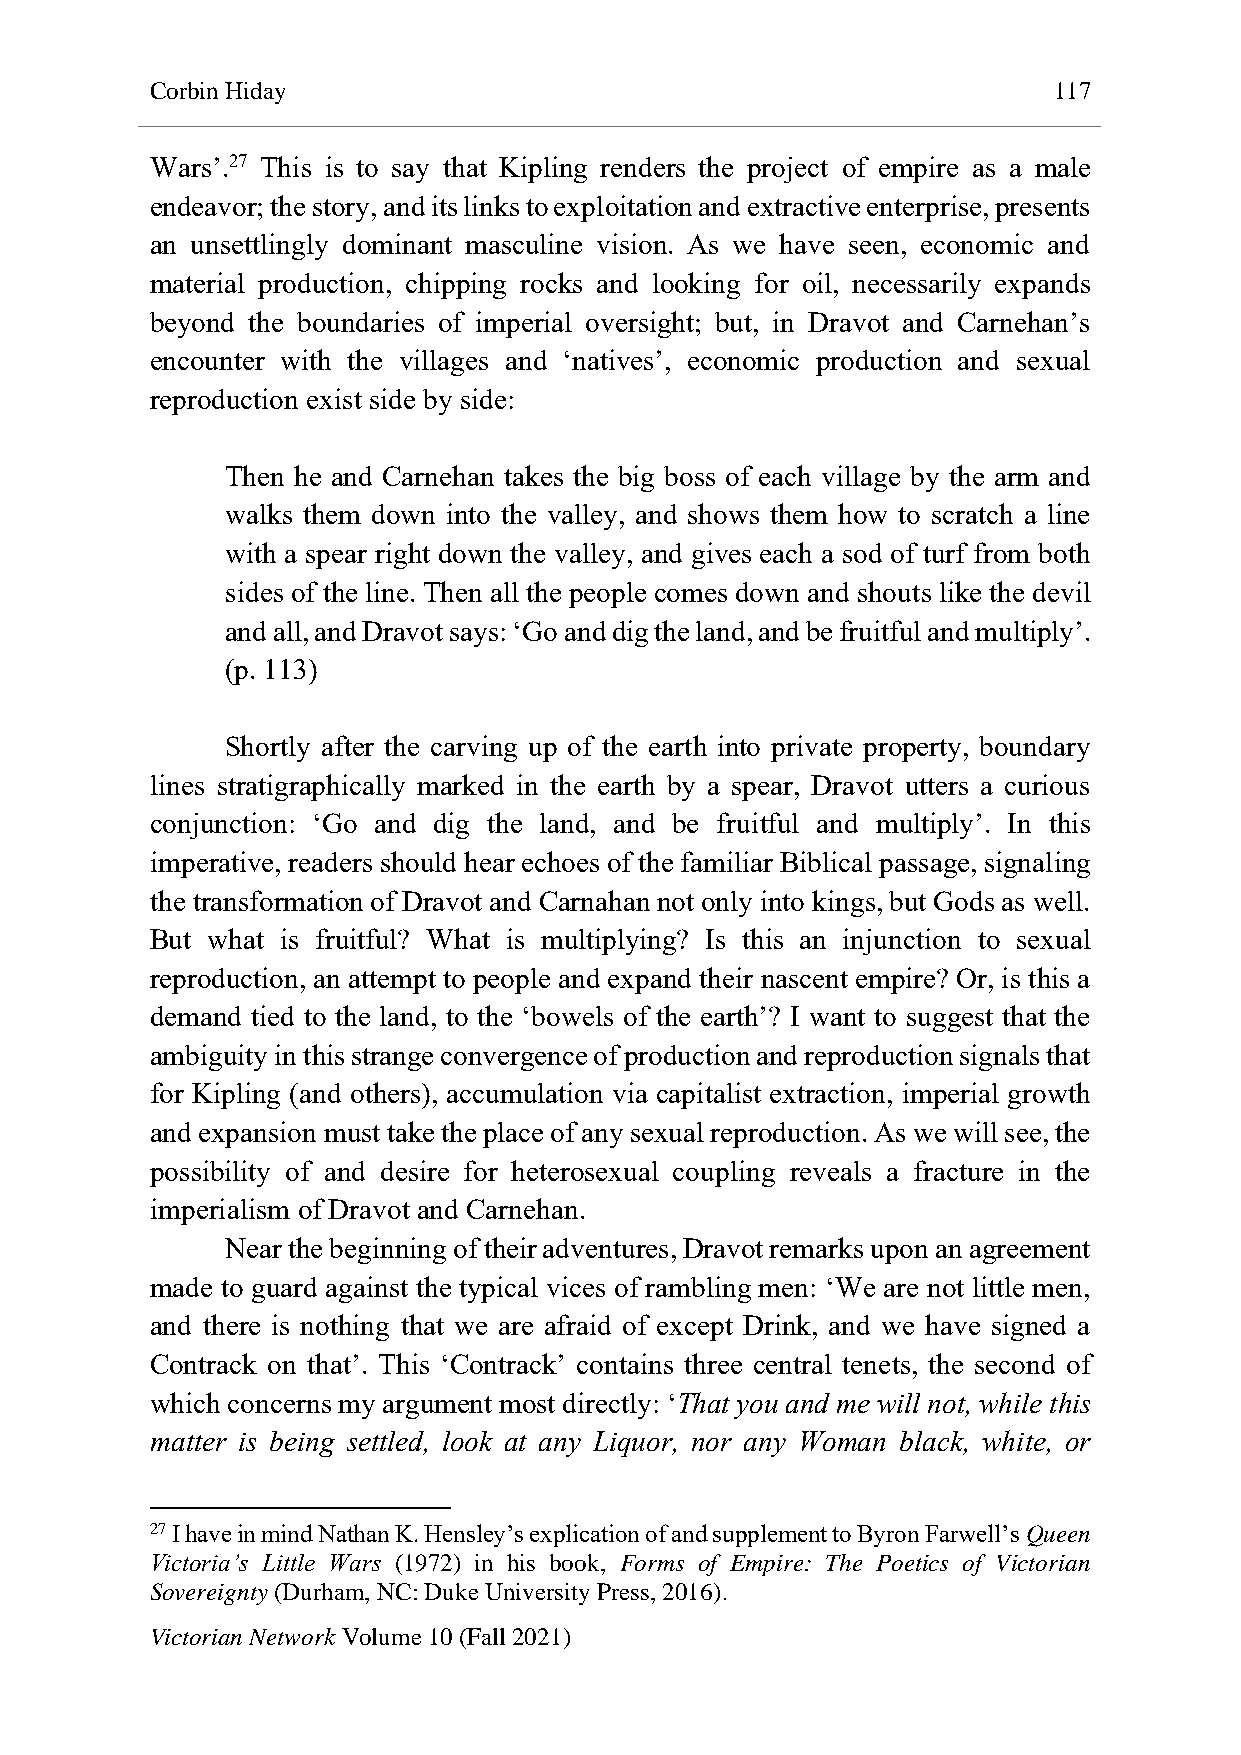
Corbin Hiday                                                117
 Wars’.27 This is to say that Kipling renders the project of empire as a male
 endeavor; the story, and its links to exploitation and extractive enterprise, presents
 an unsettlingly dominant masculine vision. As we have seen, economic and
 material production, chipping rocks and looking for oil, necessarily expands
 beyond the boundaries of imperial oversight; but, in Dravot and Carnehan’s
 encounter with the villages and ‘natives’, economic production and sexual
 reproduction exist side by side:
 Then he and Carnehan takes the big boss of each village by the arm and
 walks them down into the valley, and shows them how to scratch a line
 with a spear right down the valley, and gives each a sod of turf from both
 sides of the line. Then all the people comes down and shouts like the devil
 and all, and Dravot says: ‘Go and dig the land, and be fruitful and multiply’.
 (p. 113)
 Shortly after the carving up of the earth into private property, boundary
 lines stratigraphically marked in the earth by a spear, Dravot utters a curious
 conjunction: ‘Go and dig the land, and be fruitful and multiply’. In this
 imperative, readers should hear echoes of the familiar Biblical passage, signaling
 the transformation of Dravot and Carnahan not only into kings, but Gods as well.
 But what is fruitful? What is multiplying? Is this an injunction to sexual
 reproduction, an attempt to people and expand their nascent empire? Or, is this a
 demand tied to the land, to the ‘bowels of the earth’? I want to suggest that the
 ambiguity in this strange convergence of production and reproduction signals that
 for Kipling (and others), accumulation via capitalist extraction, imperial growth
 and expansion must take the place of any sexual reproduction. As we will see, the
 possibility of and desire for heterosexual coupling reveals a fracture in the
 imperialism of Dravot and Carnehan.
 Near the beginning of their adventures, Dravot remarks upon an agreement
 made to guard against the typical vices of rambling men: ‘We are not little men,
 and there is nothing that we are afraid of except Drink, and we have signed a
 Contrack on that’. This ‘Contrack’ contains three central tenets, the second of
 which concerns my argument most directly: ‘That you and me will not, while this
 matter is being settled, look at any Liquor, nor any Woman black, white, or
 27 I have in mind Nathan K. Hensley’s explication of and supplement to Byron Farwell’s Queen
 Victoria’s Little Wars (1972) in his book, Forms of Empire: The Poetics of Victorian
 Sovereignty (Durham, NC: Duke University Press, 2016).
 Victorian Network Volume 10 (Fall 2021)